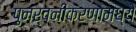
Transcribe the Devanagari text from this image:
पुनर्वनीकरणामध्ये